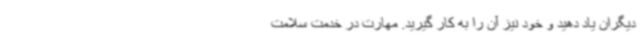
دیگران یاد دهید و خود نیز آن را به کار گیرید. مهارت در خدمت سلامت